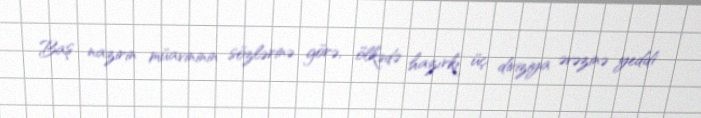
Baş nazirin müavininin sözlərinə görə, ölkədə hazırkı üç diviziya əvəzinə yeddi